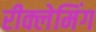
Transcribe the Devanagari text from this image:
रीक्लेमिंग